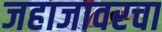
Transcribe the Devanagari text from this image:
जहाजावरचा